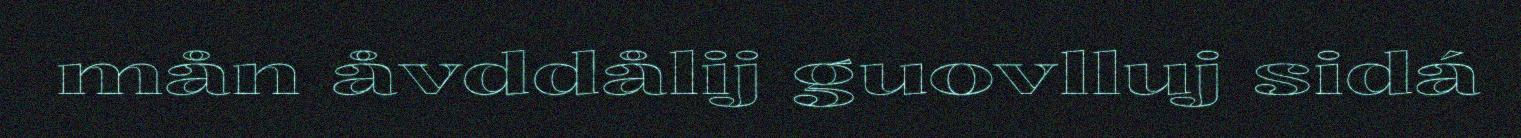
mån åvddålij guovlluj sidá